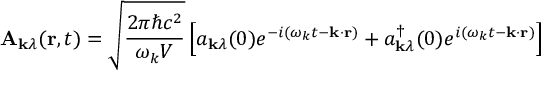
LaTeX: \mathbf { A } _ { \mathbf { k } \lambda } ( \mathbf { r } , t ) = { \sqrt { \frac { 2 \pi \hbar c ^ { 2 } } { \omega _ { k } V } } } \left[ a _ { \mathbf { k } \lambda } ( 0 ) e ^ { - i ( \omega _ { k } t - \mathbf { k } \cdot \mathbf { r } ) } + a _ { \mathbf { k } \lambda } ^ { \dagger } ( 0 ) e ^ { i ( \omega _ { k } t - \mathbf { k } \cdot \mathbf { r } ) } \right]